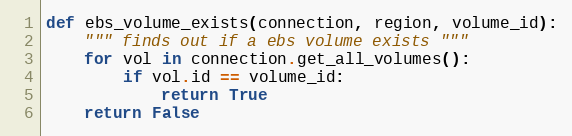
Language: Python
def ebs_volume_exists(connection, region, volume_id):
    """ finds out if a ebs volume exists """
    for vol in connection.get_all_volumes():
        if vol.id == volume_id:
            return True
    return False